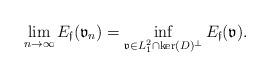
LaTeX: \begin{align*}\lim_{n\rightarrow \infty}E_{\mathfrak{f}}(\mathfrak{v}_n)=\inf_{\mathfrak{v}\in L^2_1\cap \ker(D)^{\perp}}E_{\mathfrak{f}}(\mathfrak{v}).\end{align*}